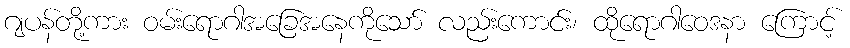
ဂျပန်တို့ကား ဝမ်းရောဂါအခြေအနေကိုသော် လည်းကောင်း၊ ထိုရောဂါဝေဒနာ ကြောင့်